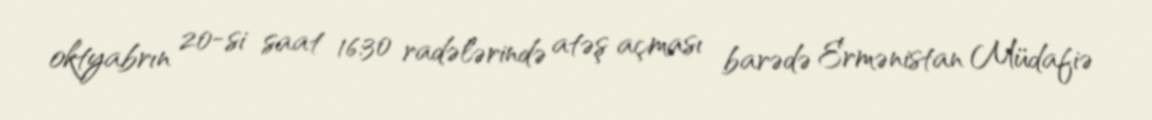
oktyabrın 20-si saat 16:30 radələrində atəş açması barədə Ermənistan Müdafiə